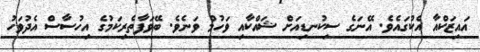
އައިޒަކްއާ އެކުގައެވެ. އޭނަގެ ސިކުނޑިއަށް ޝައްކާއި ވަހުމް ވަނެވެ. ބޭވަފާތެރިކަމުގެ އިހުސާސް އެދުވަހު